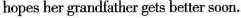
hopes her grandfather gets better soon.